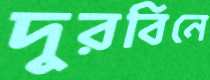
দুরবিনে